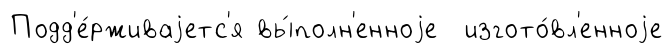
Подд'е́рживаjетс'я вы́полн'енноjе изгото́вл'енноjе